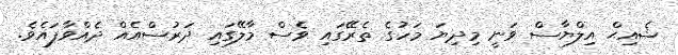
ޝެއިޙް އިލްޔާސް ވަނީ މިދިޔަ މަހުގެ ތެރޭގައި ވެސް މާލޭގައި ދަރުސްއެއް ދެއްވާފައެވެ.